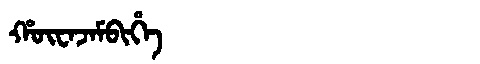
Manchu: ᡥᡡᠸᠠᠵᠠᠮᠪᡳᡥᡝ
Romanization: HŪWAJAMBIHE